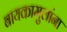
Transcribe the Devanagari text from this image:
बायकामुलांना